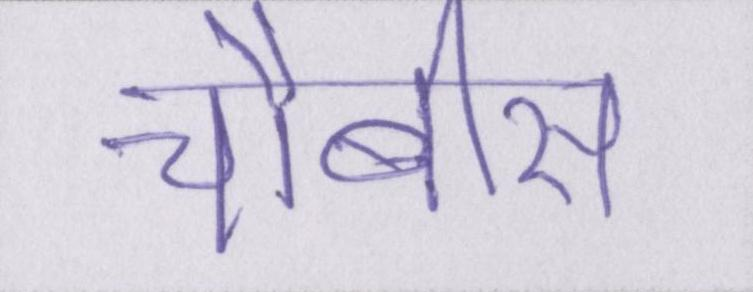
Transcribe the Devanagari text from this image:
चौबीस